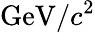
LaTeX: \mathrm{GeV}/c^{2}